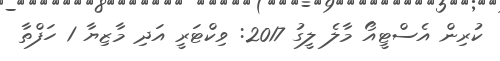
ކުރިން އެސްޓީއޯ މާލެ ލީގު 2017: ވިކްޓަރީ އަދި މާޒިޔާ 1 ހަފްތާ